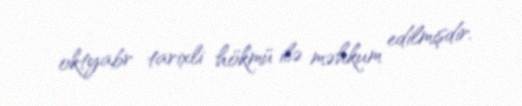
oktyabr tarixli hökmü ilə məhkum edilmişdir.